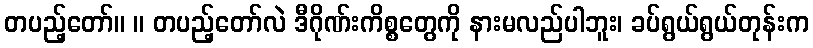
တပည့်တော်။ ။ တပည့်တော်လဲ ဒီဂိုဏ်းကိစ္စတွေကို နားမလည်ပါဘူး၊ ခပ်ရွယ်ရွယ်တုန်းက